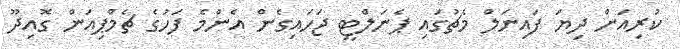
ކުރިއަށް ދިޔަ ފައިނަލް މެޗުގައި ޕެނަލްޓީ ޖަހައިގެން އެންމެ ފަހުގެ ޗެމްޕިއަން ގޮއިދޫ